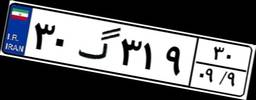
۳۰گ۳۱۹۳۰